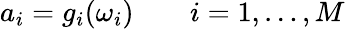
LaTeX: a_{i}=g_{i}(\omega_{i})\qquad i=1,\ldots,M